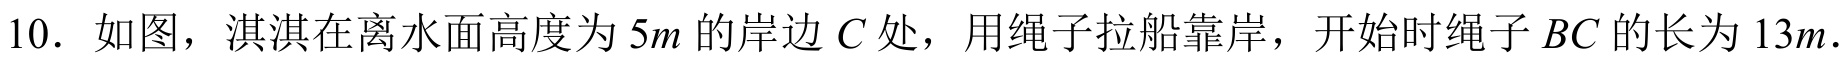
10. 如图，淇淇在离水面高度为 \(5m\) 的岸边 \(C\) 处，用绳子拉船靠岸，开始时绳子 \(BC\) 的长为 \(13m\).